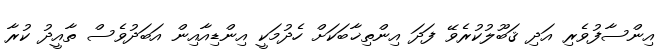
އިންސާފުވެރި އަދި ޤަބޫލުކުރެވޭ ފަދަ އިންތިޚާބަކަށް ހެދުމަކީ އިންޑިއާއިން އަބަދުވެސް ތާއީދު ކުރާ